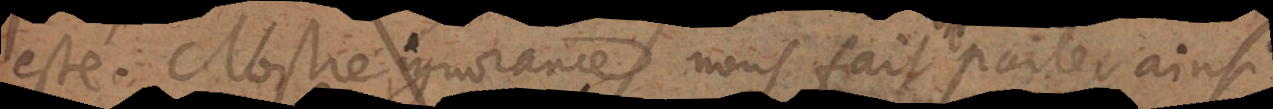
esté. Nostre ignorance nous fait parler ainsi.